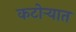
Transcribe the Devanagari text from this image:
कटोऱ्यात